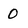
Character: 0